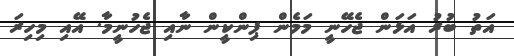
އަތު ބުރު އަޅަން ޖެހޭނީ މަމެން ޕިންކީން ނާއި ޖެހުނީމާ. އޭއި މިހިރަ